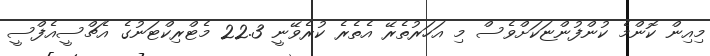
މިއިން ކޮންމެ ކުންފުންޏަކަށްވެސް މި އަހަރުތެރޭ އެތެރެ ކުރެވޭނީ 22.3 މެޓްރިކްޓަނުގެ އެޗްސީއެފްސީ